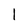
Character: l